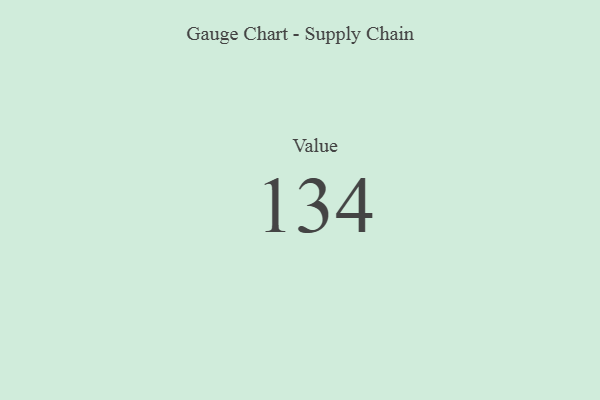
{"axis": {"x": "Metric", "y": "Value"}, "legend": [""], "data": [{"x": "Value", "y": 134, "type": ""}]}